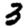
Digit: 3